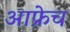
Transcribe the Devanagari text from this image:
आफ्रेच